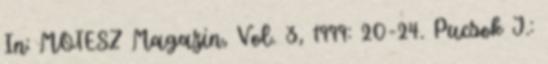
In: MOTESZ Magazin, Vol. 3, 1999: 20-24. Pucsok J.: